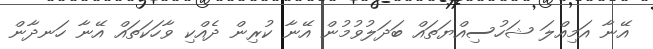
އޭނާ އަމިއްލަ ޝަހުސިއްޔަތައް ބަދަލުވުމުން އޭނާ ކުރިން ދެއްކި ވާހަކަތައް އޭނާ ހަނދާން